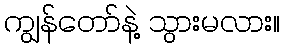
ကျွန်တော်နဲ့ သွားမလား။